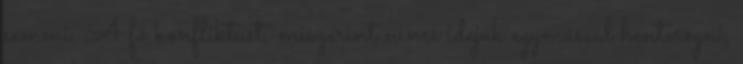
semmi. A fő konfliktust, miszerint nincs idejük egymással henteregni,